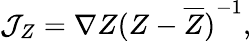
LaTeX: {\cal J}_{Z}=\nabla Z{(Z-\overline{{{Z}}})}^{-1},